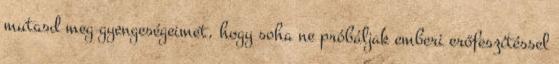
mutasd meg gyengeségeimet, hogy soha ne próbáljak emberi erőfeszítéssel